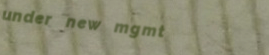
under new mgmt